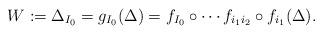
LaTeX: \begin{align*} W:= \Delta_{I_0}= g_{I_0}(\Delta)=f_{I_0}\circ \cdots f_{i_1i_2}\circ f_{i_1}(\Delta).\end{align*}